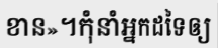
ខាន»។កុំនាំអ្នកដទៃឲ្យ